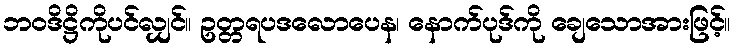
ဘဝဒိဋ္ဌိကိုပင်လျှင်။ ဥတ္တရပဒလောပေန၊ နောက်ပုဒ်ကို ချေသောအားဖြင့်။